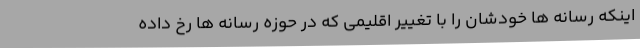
اینکه رسانه ها خودشان را با تغییر اقلیمی که در حوزه رسانه ها رخ داده